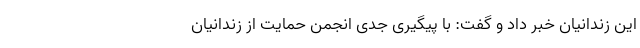
این زندانیان خبر داد و گفت: با پیگیری جدی انجمن حمایت از زندانیان